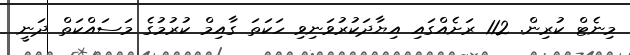
މިނެޓް ކުރިން. 112 ރަށެއްގައި އިޔާދަކުރުވަނިވި ހަކަތަ ގާއިމް ކުރުމުގެ މަސައްކަތް ދަނީ